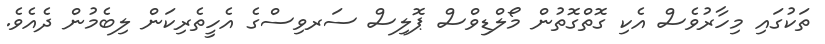
ތަކުގައި މިހާރުވެސް އެކި ގޮތްގޮތުން މޯލްޑިވްސް ޕޮލިސް ސަރވިސްގެ އެހީތެރިކަން ލިބެމުން ދެއެވެ.